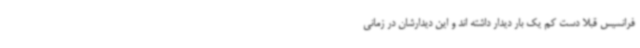
فرانسیس قبلا دست کم یک بار دیدار داشته اند و این دیدارشان در زمانی